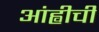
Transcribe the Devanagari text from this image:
आंह्वीची